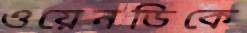
ওয়েনডিকে